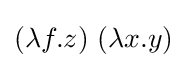
(\lambda f.z)\ (\lambda x.y)